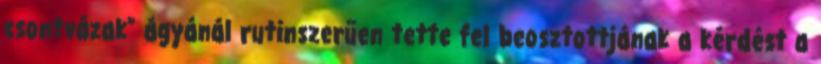
csontvázak” ágyánál rutinszerűen tette fel beosztottjának a kérdést a